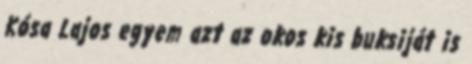
Kósa Lajos egyem azt az okos kis buksiját is